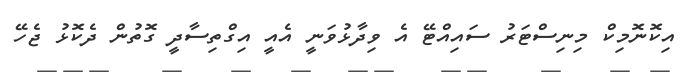
އިކޮނޮމިކް މިނިސްޓަރު ސައިއްޓޭ އެ ވިދާޅުވަނީ އެއީ އިގްތިސާދީ ގޮތުން ދެކޮޅު ޖެހޭ